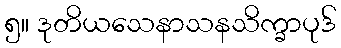
၅။ ဒုတိယသေနာသနသိက္ခာပုဒ်